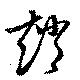
趙